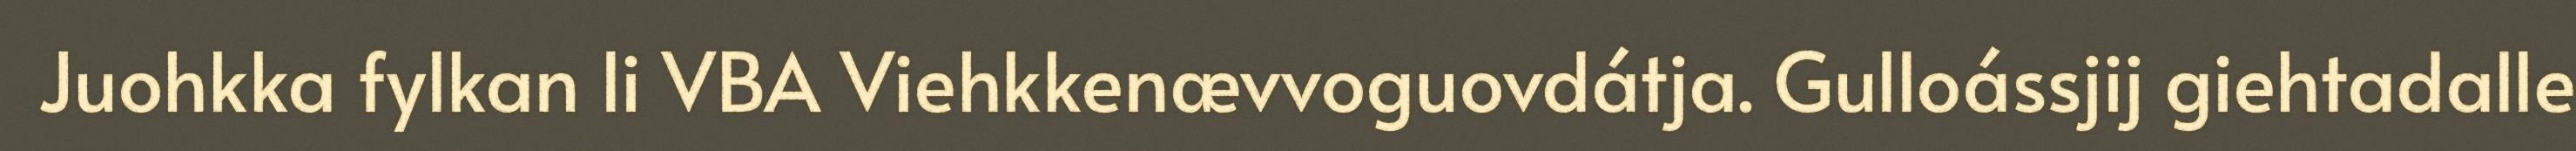
Juohkka fylkan li VBA Viehkkenævvoguovdátja. Gulloássjij giehtadalle